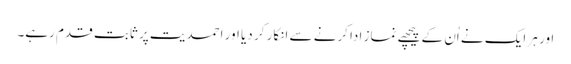
اور ہر ایک نے اُن کے پیچھے نماز ادا کرنے سے انکار کر دیا اور احمدیت پر ثابت قدم رہے۔